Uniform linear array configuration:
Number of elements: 4
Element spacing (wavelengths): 0.25
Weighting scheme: hann
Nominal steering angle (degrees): -30
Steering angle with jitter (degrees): -29.873
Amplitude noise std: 0.05
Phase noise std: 0.05

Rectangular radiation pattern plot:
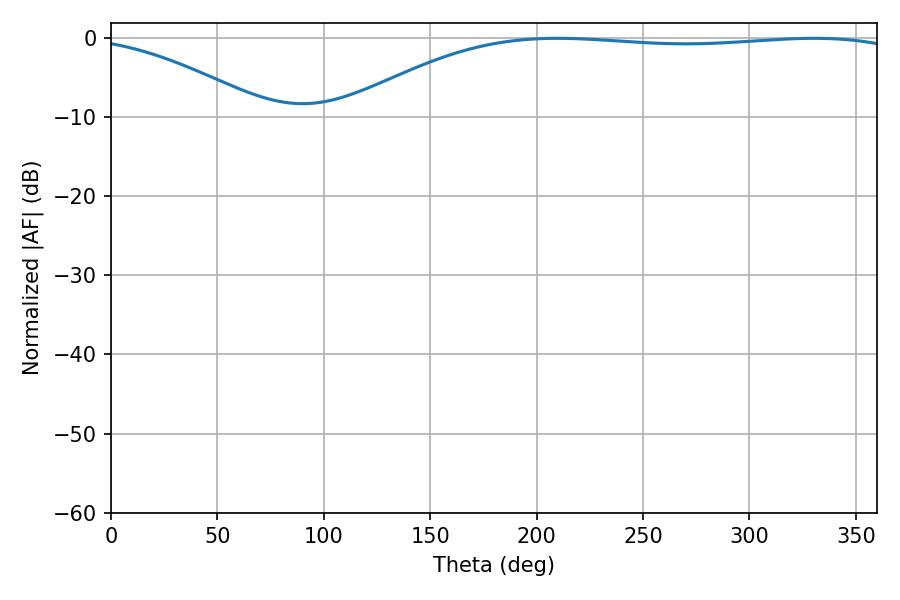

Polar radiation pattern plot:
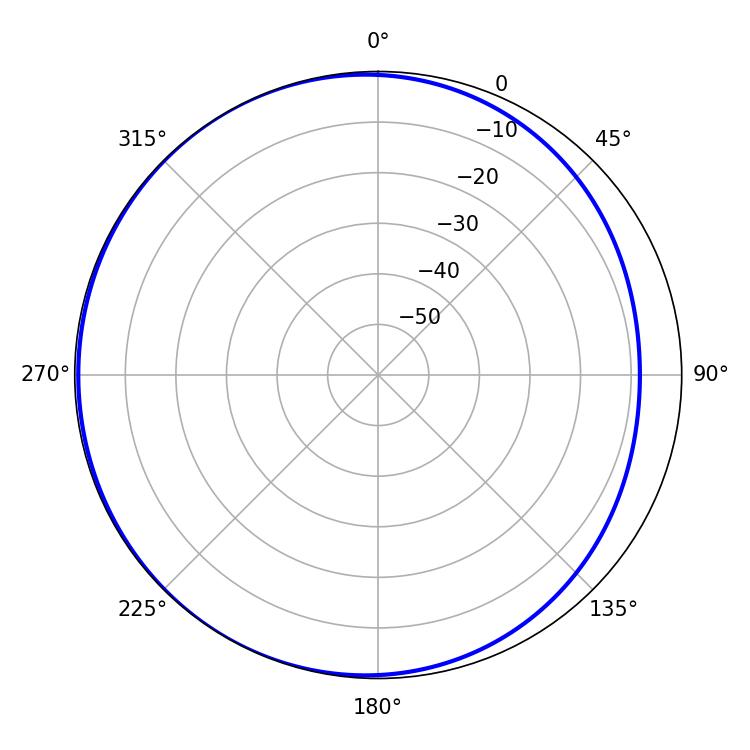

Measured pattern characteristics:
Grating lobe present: FALSE
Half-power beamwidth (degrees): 210.24
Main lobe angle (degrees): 209.7